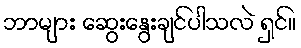
ဘာများ ဆွေးနွေးချင်ပါသလဲ ရှင်။